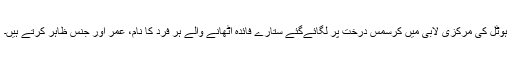
ہوٹل کی مرکزی لابی میں کرسمس درخت پر لگائےگئے ستارے فائدہ اٹھانے والے ہر فرد کا نام، عمر اور جنس ظاہر کرتے ہیں۔